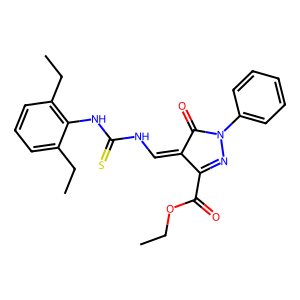
SMILES: CCOC(=O)C1=NN(c2ccccc2)C(=O)C1=CNC(=S)Nc1c(CC)cccc1CC
Inhibits HIV replication: No